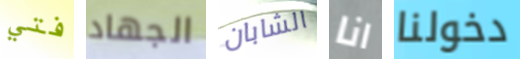
فتي الجهاد الشابان انا دخولنا